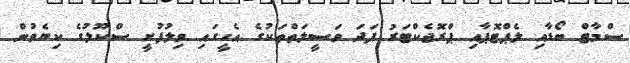
ސްމާޓް ބޯޑާއި ލެޕްޓޮޕާއި ޕްރޮޖެކްޓަރު ފަދަ ވަސީލަތްތަކުގެ އެހީގައި ވިލުފުށީ ސްކޫލުގެ ކިޔެވުން